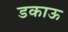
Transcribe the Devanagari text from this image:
डकाऊ